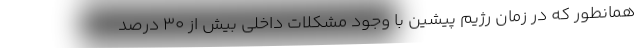
همانطور که در زمان رژیم پیشین با وجود مشکلات داخلی بیش از 30 درصد